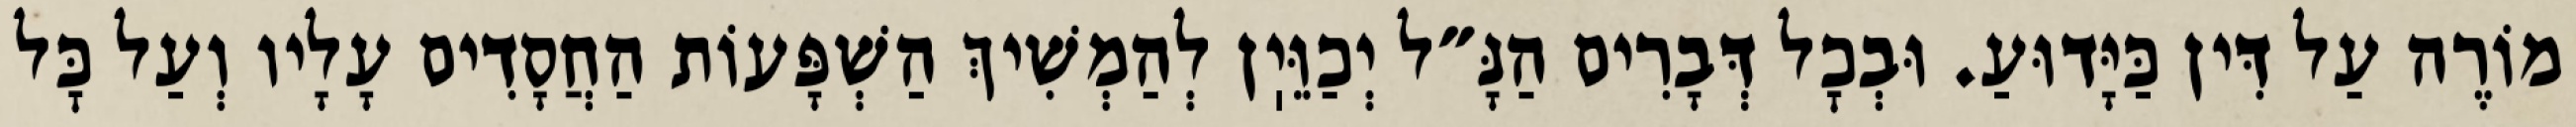
מוֹרֶה עַל דִּין כַּיָּדוּעַ. וּבְכׇל דְּבָרִים הַנָּ״ל יְכַוֵּיֽן לְהַמְשִׁיךְ הַשְׁפָּעוֹת הַחֲסָדִים עָלָיו וְעַל כׇּל